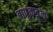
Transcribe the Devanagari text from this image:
बापूंकडून